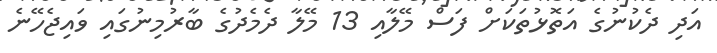
އަދި ދެކުނުގެ އަތޮޅުތަކަށް ފަސް މޭލާއި 13 މޭލާ ދެމެދުގެ ބާރުމިނުގައި ވައިޖެހޭނެ